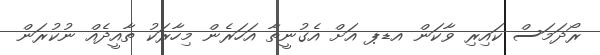
ރޯދަމަސް ކައިރި ވާކަން އޑޕ އަށް އެގުނީތާ އަހަރެން މިހާރަކު ތާއީދެއް ނުކުރަން